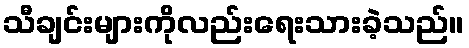
သီချင်းများကိုလည်းရေးသားခဲ့သည်။